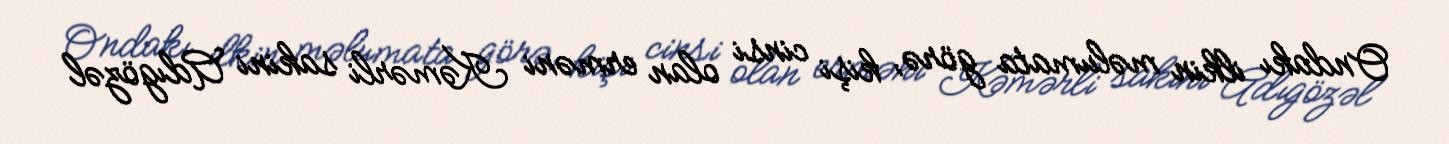
Ondakı ilkin məlumata görə, kişi cinsi olan erməni Kəmərli sakini Adıgözəl